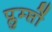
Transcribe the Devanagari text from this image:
प्लुम्प्तों